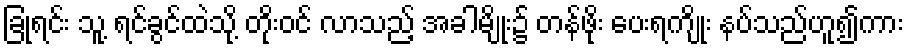
ခြုံရင်း သူ့ ရင်ခွင်ထဲသို့ တိုးဝင် လာသည့် အခါမျိုး၌ တန်ဖိုး ပေးရကျိုး နပ်သည်ဟူ၍ကား